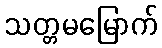
သတ္တမမြောက်